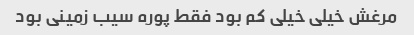
مرغش خیلی خیلی کم بود فقط پوره سیب زمینی بود